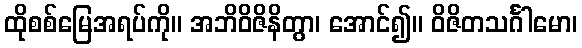
ထိုစစ်မြေအရပ်ကို။ အဘိဝိဇိနိတွာ၊ အောင်၍။ ဝိဇိတသင်္ဂါမော၊